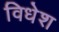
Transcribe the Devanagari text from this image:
विधेश